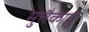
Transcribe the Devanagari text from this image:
मुत्तैकादु